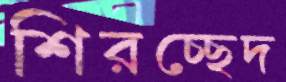
শিরচ্ছেদ